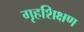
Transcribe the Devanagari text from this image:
गृहशिक्षण